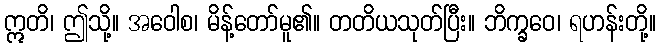
ဣတိ၊ ဤသို့။ အဝေါစ၊ မိန့်တော်မူ၏။ တတိယသုတ်ပြီး။ ဘိက္ခဝေ၊ ရဟန်းတို့။